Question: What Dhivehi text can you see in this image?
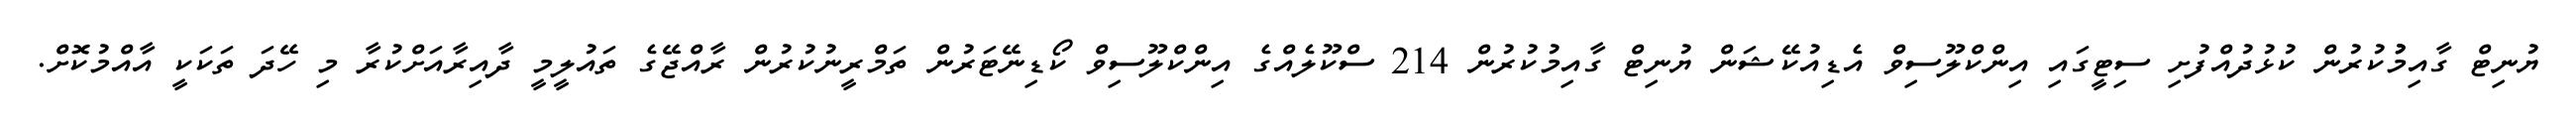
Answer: ޔުނިޓް ގާއިމުުކުރުން ކުޅުދުއްފުށި ސިޓީގައި އިންކްލޫސިވް އެޑިއުކޭޝަން ޔުނިޓް ގާއިމުކުރުން 214 ސްކޫލެއްގެ އިންކްލޫސިވް ކޯޑިނޭޓަރުން ތަމްރީނުކުރުން ރާއްޖޭގެ ތައުލީމީ ދާއިރާއަށްކުރާ މި ހޭދަ ތަކަކީ އާއްމުކޮށް.